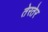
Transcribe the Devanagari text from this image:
तेरतेर